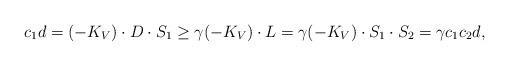
LaTeX: \begin{align*}c_1 d = (-K_V) \cdot D \cdot S_1 \ge \gamma (-K_V) \cdot L = \gamma (-K_V) \cdot S_1 \cdot S_2 = \gamma c_1 c_2 d,\end{align*}